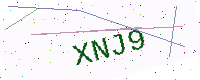
Text: XNJ9